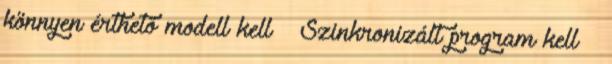
könnyen érthető modell kell ● Szinkronizált program kell –